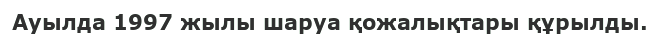
Ауылда 1997 жылы шаруа қожалықтары құрылды.